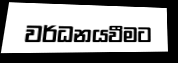
වර්ධනයවීමට